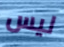
ليس